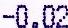
-0.02